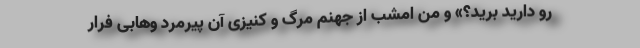
رو دارید برید؟» و من امشب از جهنم مرگ و کنیزی آن پیرمرد وهابی فرار